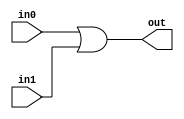
`timescale 1ns/100ps
module OR (in0, in1, out);
 input in0, in1;            //two inputs which should be done Or operation
 output reg out;            //output of the Or operation

 always @ (in0, in1)        //this block will work if changes happened to in0 and in1
   out = in0 | in1;
   
endmodule